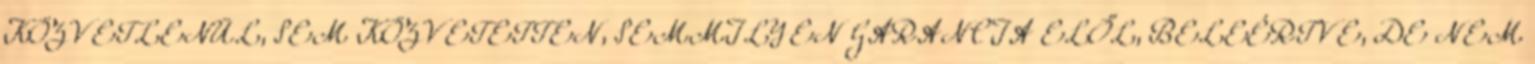
KÖZVETLENÜL, SEM KÖZVETETTEN, SEMMILYEN GARANCIA ELŐL, BELEÉRTVE, DE NEM